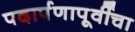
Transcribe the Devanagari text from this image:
पदार्पणापूर्वीचा